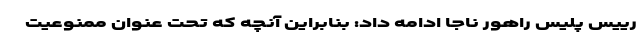
رییس پلیس راهور ناجا ادامه داد: بنابراین آنچه که تحت عنوان ممنوعیت